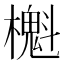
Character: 櫆